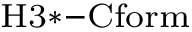
_ \mathrm { H 3 * - C f o r m }